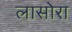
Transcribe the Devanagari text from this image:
लासोरा